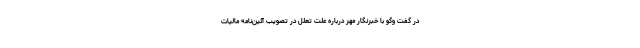
در گفت وگو با خبرنگار مهر درباره علت تعلل در تصویب آئین‌نامه مالیات